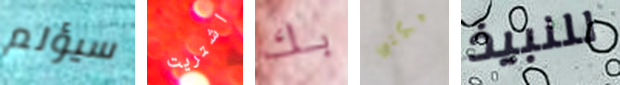
سيؤلم اشتريت بك مكتبي للنبيذ